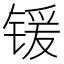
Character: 锾